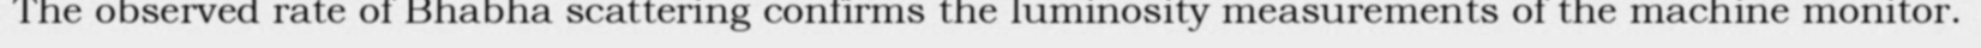
The observed rate of Bhabha scattering confirms the luminosity measurements of the machine monitor.